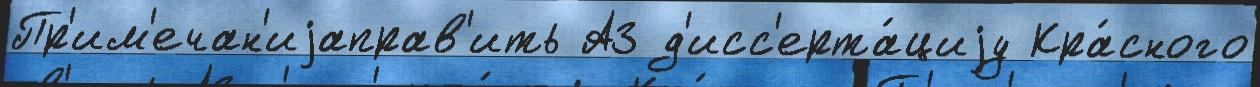
Пр'им'ечан'иjаправ'ить АЗ д'исс'ерта́циjу Кра́сного